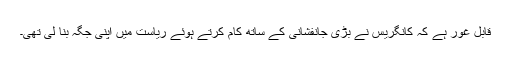
قابل غور ہے کہ کانگریس نے بڑی جانفشانی کے ساتھ کام کرتے ہوئے ریاست میں اپنی جگہ بنا لی تھی۔